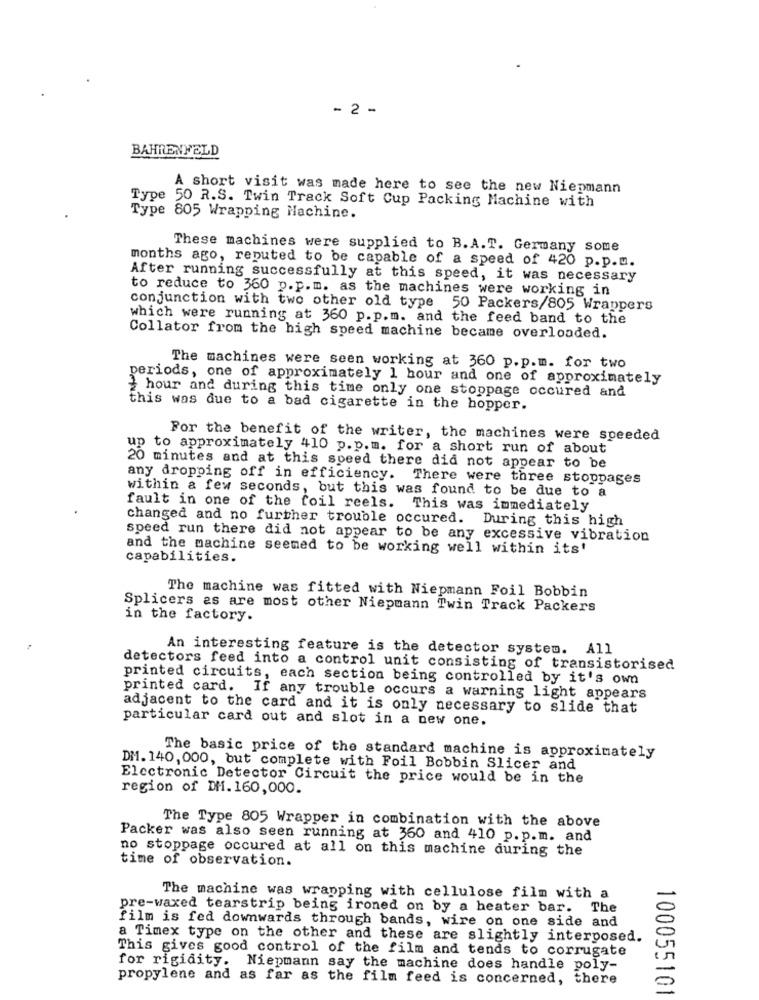
- 2 -
BAHRENFELD
A short visit was made here to see the new Niepmann
Type 50 R.S. Twin Track Soft Cup Packing Machine with
Type 805 Wrapping Machine.
These machines were supplied to B.A.T. Germany some
months ago, reputed to be capable of a speed of 420 p.p.m.
After running successfully at this speed, it was necessary
to reduce to 360 p.p.m. as the machines were working in
conjunction with two other old type 50 Packers/805 Wrappers
which were running at 360 p.p.m. and the feed band to the
Collator from the high speed machine became overloaded.
The machines were seen working at 360 p.p.m. for two
periods, one of approximately 1 hour and one of approximately
hour and during this time only one stoppage occured and
this was due to a bad cigarette in the hopper.
For the benefit of the writer, the machines were speeded
up to approximately 410 p.p.m. for a short run of about
20 minutes and at this speed there did not appear to be
any dropping off in efficiency. There were three stoppages
within a few seconds, but this was found to be due to a
fault in one of the foil reels. This was immediately
changed and no further trouble occured. During this high
speed run there did not appear to be any excessive vibration
and the machine seemed to be working well within its'
capabilities.
The machine was fitted with Niepmann Foil Bobbin
Splicers es are most other Niepmann Twin Track Packers
in the factory.
An interesting feature is the detector system. All
detectors feed into a control unit consisting of transistorised
printed circuits, each section being controlled by it's own
printed card. If any trouble occurs a warning light appears
adjacent to the card and it is only necessary to slide that
particular card out and slot in a new one.
The basic price of the standard machine is approximately
DM. 140, 000, but complete with Foil Bobbin Slicer and
Electronic Detector Circuit the price would be in the
region of DM. 160,000.
The Type 805 Wrapper in combination with the above
Packer was also seen running at 360 and 410 p. p.m. and
no stoppage occured at all on this machine during the
time of observation.
The machine was wrapping with cellulose film with a
pre-waxed tearstrip being ironed on by a heater bar. The
film is fed downwards through bands, wire on one side and
a Timex type on the other and these are slightly interposed.
This gives good control of the film and tends to corrugate
for rigidity. Niepmann say the machine does handle poly-
propylene and as far as the film feed is concerned, there
100055101